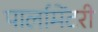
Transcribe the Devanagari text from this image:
पार्लामेंटरी